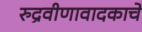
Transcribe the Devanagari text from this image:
रुद्रवीणावादकाचे